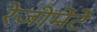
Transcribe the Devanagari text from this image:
रेजीमेंटें